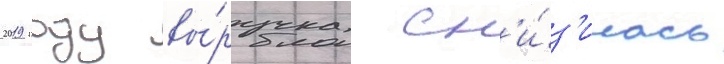
2019 году вы́ручка сн'и́з'илась